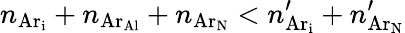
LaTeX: n_{\mathrm{Ar_{i}}}+n_{\mathrm{Ar_{Al}}}+n_{\mathrm{Ar_{N}}}<n_{\mathrm{Ar_{i}}}^{\prime}+n_{\mathrm{Ar_{N}}}^{\prime}